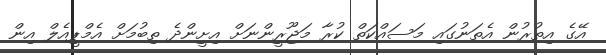
އޭގެ އިތުރުން އެތަނުގައި މަސައްކަތް ކުރާ މަޖޫރީންނަށް އިށީންދެ ތިބުމަށް އެމްޕީއެލް އިން